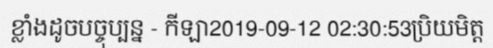
ខ្លាំងដូចបច្ចុប្បន្ន - កីឡា2019-09-12 02:30:53ប្រិយមិត្ត